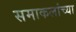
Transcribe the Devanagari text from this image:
समाकलांच्या